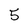
Character: 5